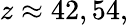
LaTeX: z\approx 42,54,